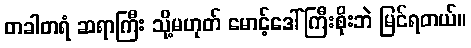
တခါတရံ ဆရာကြီး သို့မဟုတ် မောင့်ဒေါ်ကြီးစိုးဘဲ မြင်ရတယ်။